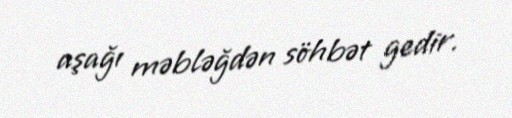
aşağı məbləğdən söhbət gedir.